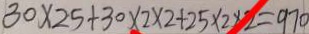
3 0 \times 2 5 + 3 0 \times 2 \times 2 + 2 5 \times 2 \times 2 = 9 7 0